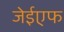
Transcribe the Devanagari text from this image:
जेईएफ